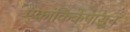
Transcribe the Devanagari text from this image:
एकांकिकेपासून